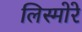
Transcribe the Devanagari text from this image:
लिस्मोरे